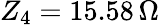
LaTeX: Z_{4}=15.58\, \Omega